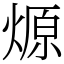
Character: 㷧